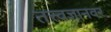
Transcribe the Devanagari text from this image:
तत्त्वज्ञानवर